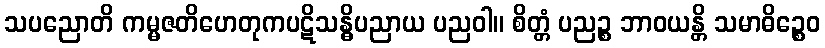
သပညောတိ ကမ္မဇတိဟေတုကပဋိသန္ဓိပညာယ ပညဝါ။ စိတ္တံ ပညဉ္စ ဘာဝယန္တိ သမာဓိဉ္စေဝ